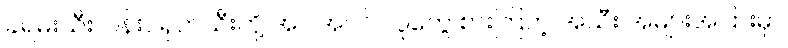
ခရမ်းသီး၊ ပန်းငရုတ်သီးတို့ အပါအဝင် လူတွေ စားကြတဲ့ အသီး အများအပြားမှာ